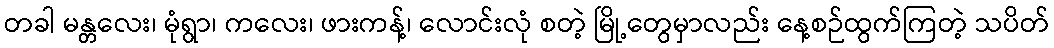
တခါ မန္တလေး၊ မုံရွာ၊ ကလေး၊ ဖားကန့်၊ လောင်းလုံ စတဲ့ မြို့တွေမှာလည်း နေ့စဉ်ထွက်ကြတဲ့ သပိတ်